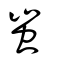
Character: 蚩